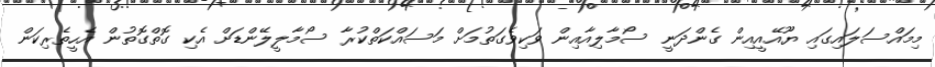
މިމައްސަލައިގައި ޔޫއޭއީއިން ގެންދަނީ ސޯމާލިއާއިން ވަކިވެގަތުމަށް މަސައްކަތްކުރާ ސޯމާލީލޭންޑަށް އެކި ގޮތްގޮތުން އެހީތެރިކަން